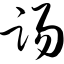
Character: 踢